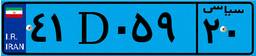
۴۱D۰۵۹۲۰